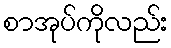
စာအုပ်ကိုလည်း